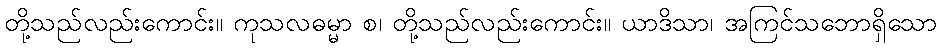
တို့သည်လည်းကောင်း။ ကုသလဓမ္မာ စ၊ တို့သည်လည်းကောင်း။ ယာဒိသာ၊ အကြင်သဘောရှိသော